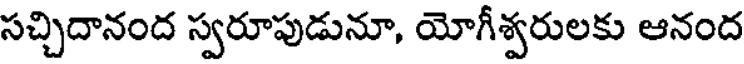
సచ్చిదానంద స్వరూపుడునూ, యోగీశ్వరులకు ఆనంద